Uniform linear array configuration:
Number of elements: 48
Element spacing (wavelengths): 0.25
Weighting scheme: exponential
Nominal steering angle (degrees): -30
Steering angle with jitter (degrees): -29.024
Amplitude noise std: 0.05
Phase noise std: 0.05

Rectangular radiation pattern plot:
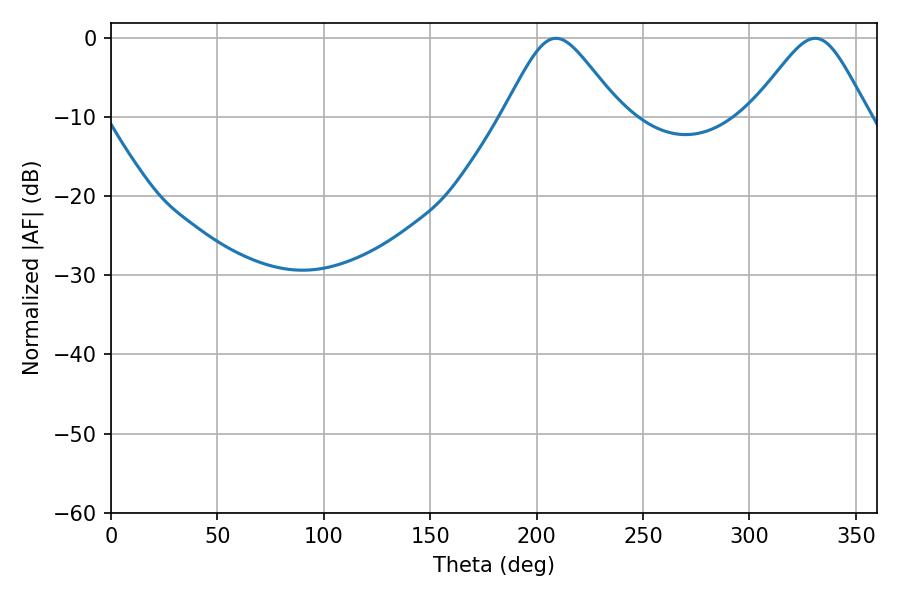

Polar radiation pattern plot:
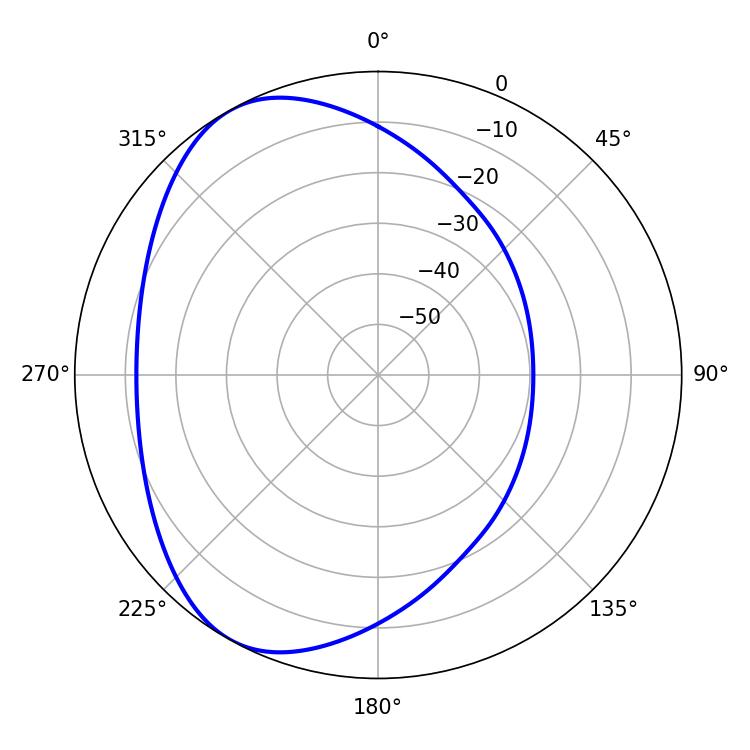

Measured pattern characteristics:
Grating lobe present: FALSE
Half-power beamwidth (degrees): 26.82
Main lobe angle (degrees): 209.16